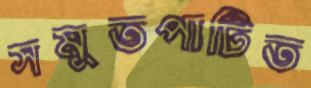
সমুতপাটিত